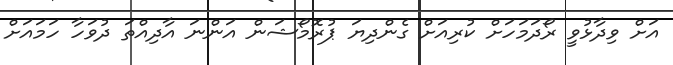
އަށް ވިދާޅުވީ ރޯދަމަހަށް ކުރިއަށް ގެންދިޔަ ޕުރޮމޯޝަން އަންނަ އާދިއްތަ ދުވަހާ ހަމައަށް